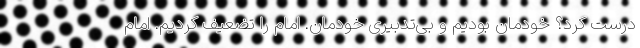
درست کرد؟ خودمان بودیم و بی‌تدبیری خودمان. امام را تضعیف کردیم. امام